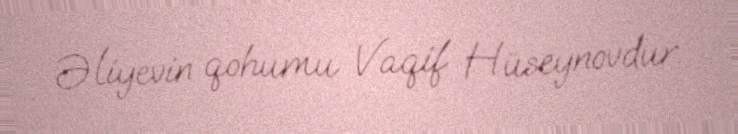
Əliyevin qohumu Vaqif Hüseynovdur.